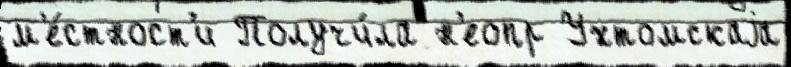
м'е́стност'и Получи́ла н'еопр Ухтомскаjа